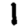
Digit: 1